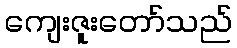
ကျေးဇူးတော်သည်